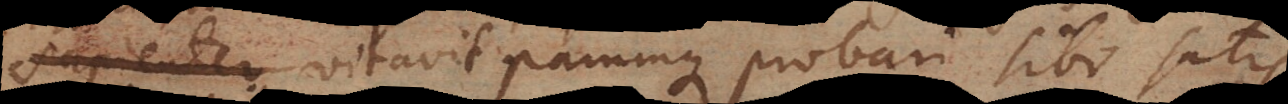
pienter vitavit parumque probari sibi satis